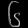
Digit: ၆